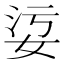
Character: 𡜂